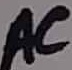
Text: AC